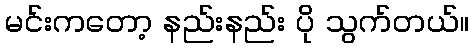
မင်းကတော့ နည်းနည်း ပို သွက်တယ်။